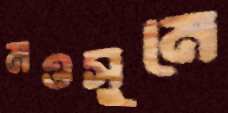
মওসুমে